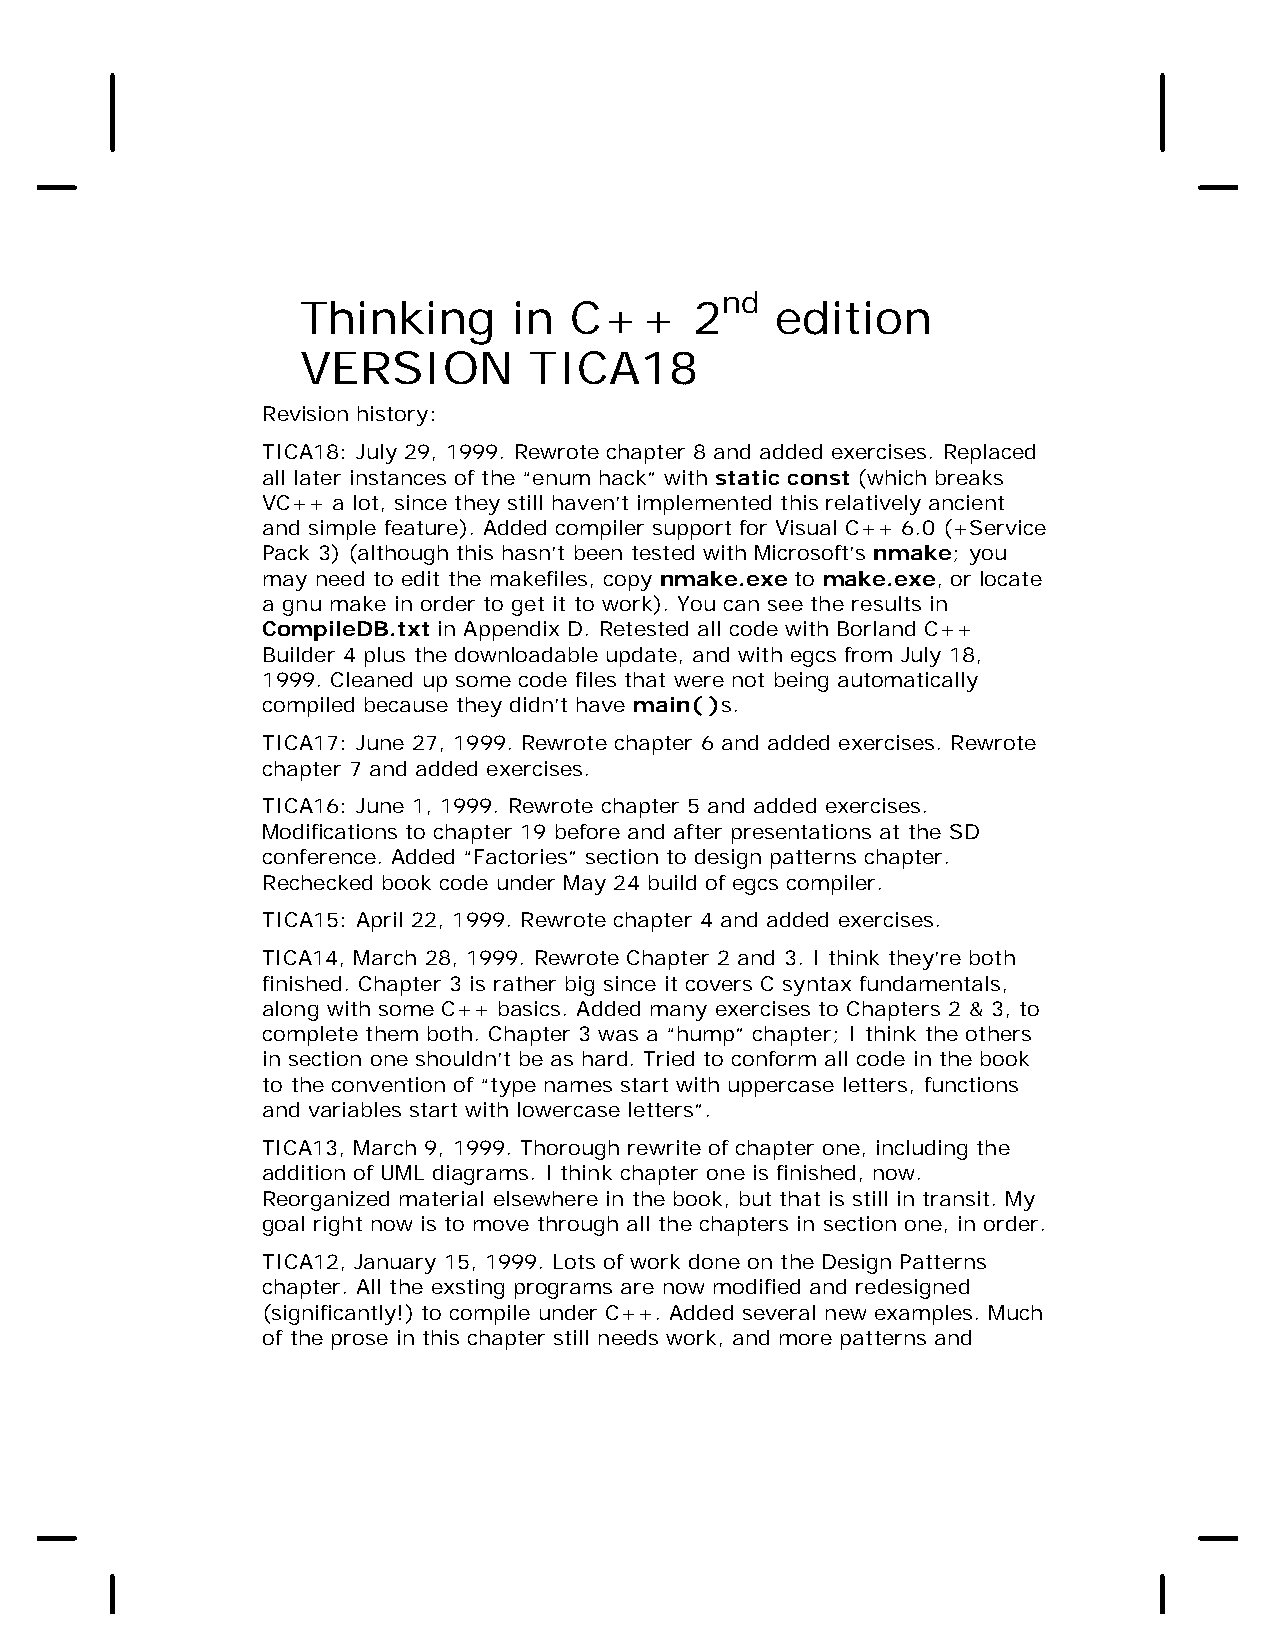
nd
 Thinking      in  C++     2    edition
 VERSION        TICA18
 Revision history:
 TICA18: July 29, 1999. Rewrote chapter 8 and added exercises. Replaced
 all later instances of the “enum hack” with static const (which breaks
 VC++ a lot, since they still haven’t implemented this relatively ancient
 and simple feature). Added compiler support for Visual C++ 6.0 (+Service
 Pack 3) (although this hasn’t been tested with Microsoft’s nmake; you
 may need to edit the makefiles, copy nmake.exe to make.exe, or locate
 a gnu make in order to get it to work). You can see the results in
 CompileDB.txt in Appendix D. Retested all code with Borland C++
 Builder 4 plus the downloadable update, and with egcs from July 18,
 1999. Cleaned up some code files that were not being automatically
 compiled because they didn’t have main( )s.
 TICA17: June 27, 1999. Rewrote chapter 6 and added exercises. Rewrote
 chapter 7 and added exercises.
 TICA16: June 1, 1999. Rewrote chapter 5 and added exercises.
 Modifications to chapter 19 before and after presentations at the SD
 conference. Added “Factories” section to design patterns chapter.
 Rechecked book code under May 24 build of egcs compiler.
 TICA15: April 22, 1999. Rewrote chapter 4 and added exercises.
 TICA14, March 28, 1999. Rewrote Chapter 2 and 3. I think they’re both
 finished. Chapter 3 is rather big since it covers C syntax fundamentals,
 along with some C++ basics. Added many exercises to Chapters 2 & 3, to
 complete them both. Chapter 3 was a “hump” chapter; I think the others
 in section one shouldn’t be as hard. Tried to conform all code in the book
 to the convention of “type names start with uppercase letters, functions
 and variables start with lowercase letters”.
 TICA13, March 9, 1999. Thorough rewrite of chapter one, including the
 addition of UML diagrams. I think chapter one is finished, now.
 Reorganized material elsewhere in the book, but that is still in transit. My
 goal right now is to move through all the chapters in section one, in order.
 TICA12, January 15, 1999. Lots of work done on the Design Patterns
 chapter. All the exsting programs are now modified and redesigned
 (significantly!) to compile under C++. Added several new examples. Much
 of the prose in this chapter still needs work, and more patterns and